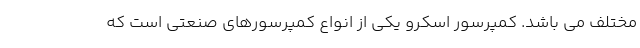
مختلف می باشد. کمپرسور اسکرو یکی از انواع کمپرسورهای صنعتی است که